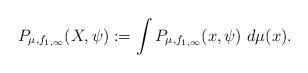
LaTeX: \begin{align*}P_{\mu,f_{1,\infty}}(X,\psi):=\int P_{\mu,f_{1,\infty}}(x,\psi)\ d\mu(x).\end{align*}